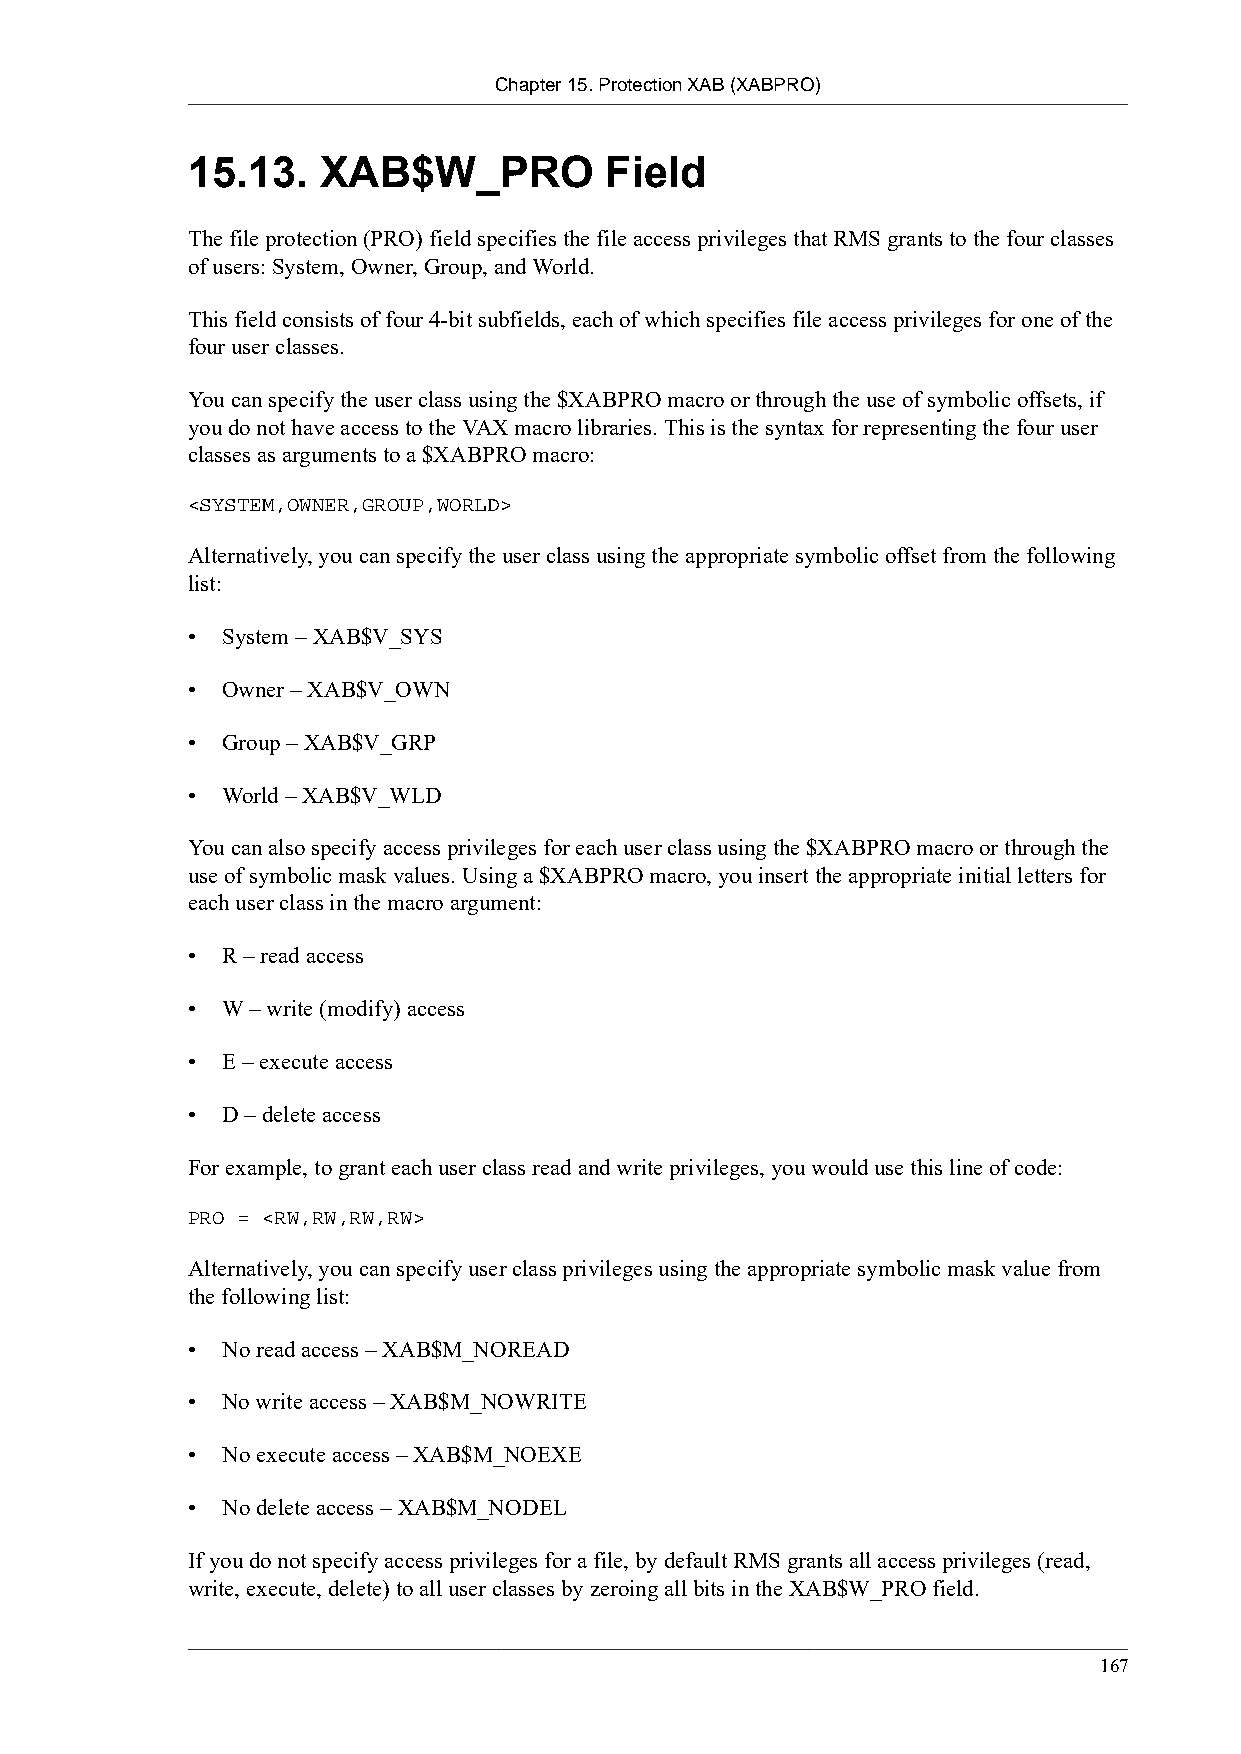
Chapter 15. Protection XAB (XABPRO)
 15.13.   XAB$W_PRO          Field
 The file protection (PRO) field specifies the file access privileges that RMS grants to the four classes
 of users: System, Owner, Group, and World.
 This field consists of four 4-bit subfields, each of which specifies file access privileges for one of the
 four user classes.
 You can specify the user class using the $XABPRO macro or through the use of symbolic offsets, if
 you do not have access to the VAX macro libraries. This is the syntax for representing the four user
 classes as arguments to a $XABPRO macro:
 <SYSTEM,OWNER,GROUP,WORLD>
 Alternatively, you can specify the user class using the appropriate symbolic offset from the following
 list:
 •  System – XAB$V_SYS
 •  Owner – XAB$V_OWN
 •  Group – XAB$V_GRP
 •  World – XAB$V_WLD
 You can also specify access privileges for each user class using the $XABPRO macro or through the
 use of symbolic mask values. Using a $XABPRO macro, you insert the appropriate initial letters for
 each user class in the macro argument:
 •  R – read access
 •  W – write (modify) access
 •  E – execute access
 •  D – delete access
 For example, to grant each user class read and write privileges, you would use this line of code:
 PRO = <RW,RW,RW,RW>
 Alternatively, you can specify user class privileges using the appropriate symbolic mask value from
 the following list:
 •  No read access – XAB$M_NOREAD
 •  No write access – XAB$M_NOWRITE
 •  No execute access – XAB$M_NOEXE
 •  No delete access – XAB$M_NODEL
 If you do not specify access privileges for a file, by default RMS grants all access privileges (read,
 write, execute, delete) to all user classes by zeroing all bits in the XAB$W_PRO field.
 167